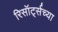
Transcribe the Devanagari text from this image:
रिसॉर्ट्सच्या